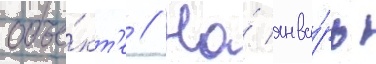
объе́кт'е // На́ янва́рь